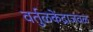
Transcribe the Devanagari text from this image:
वर्तुळकेंद्राजवळ